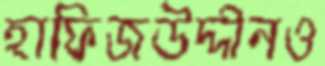
হাফিজউদ্দীনও